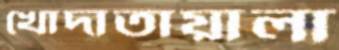
খোদাতায়ালা